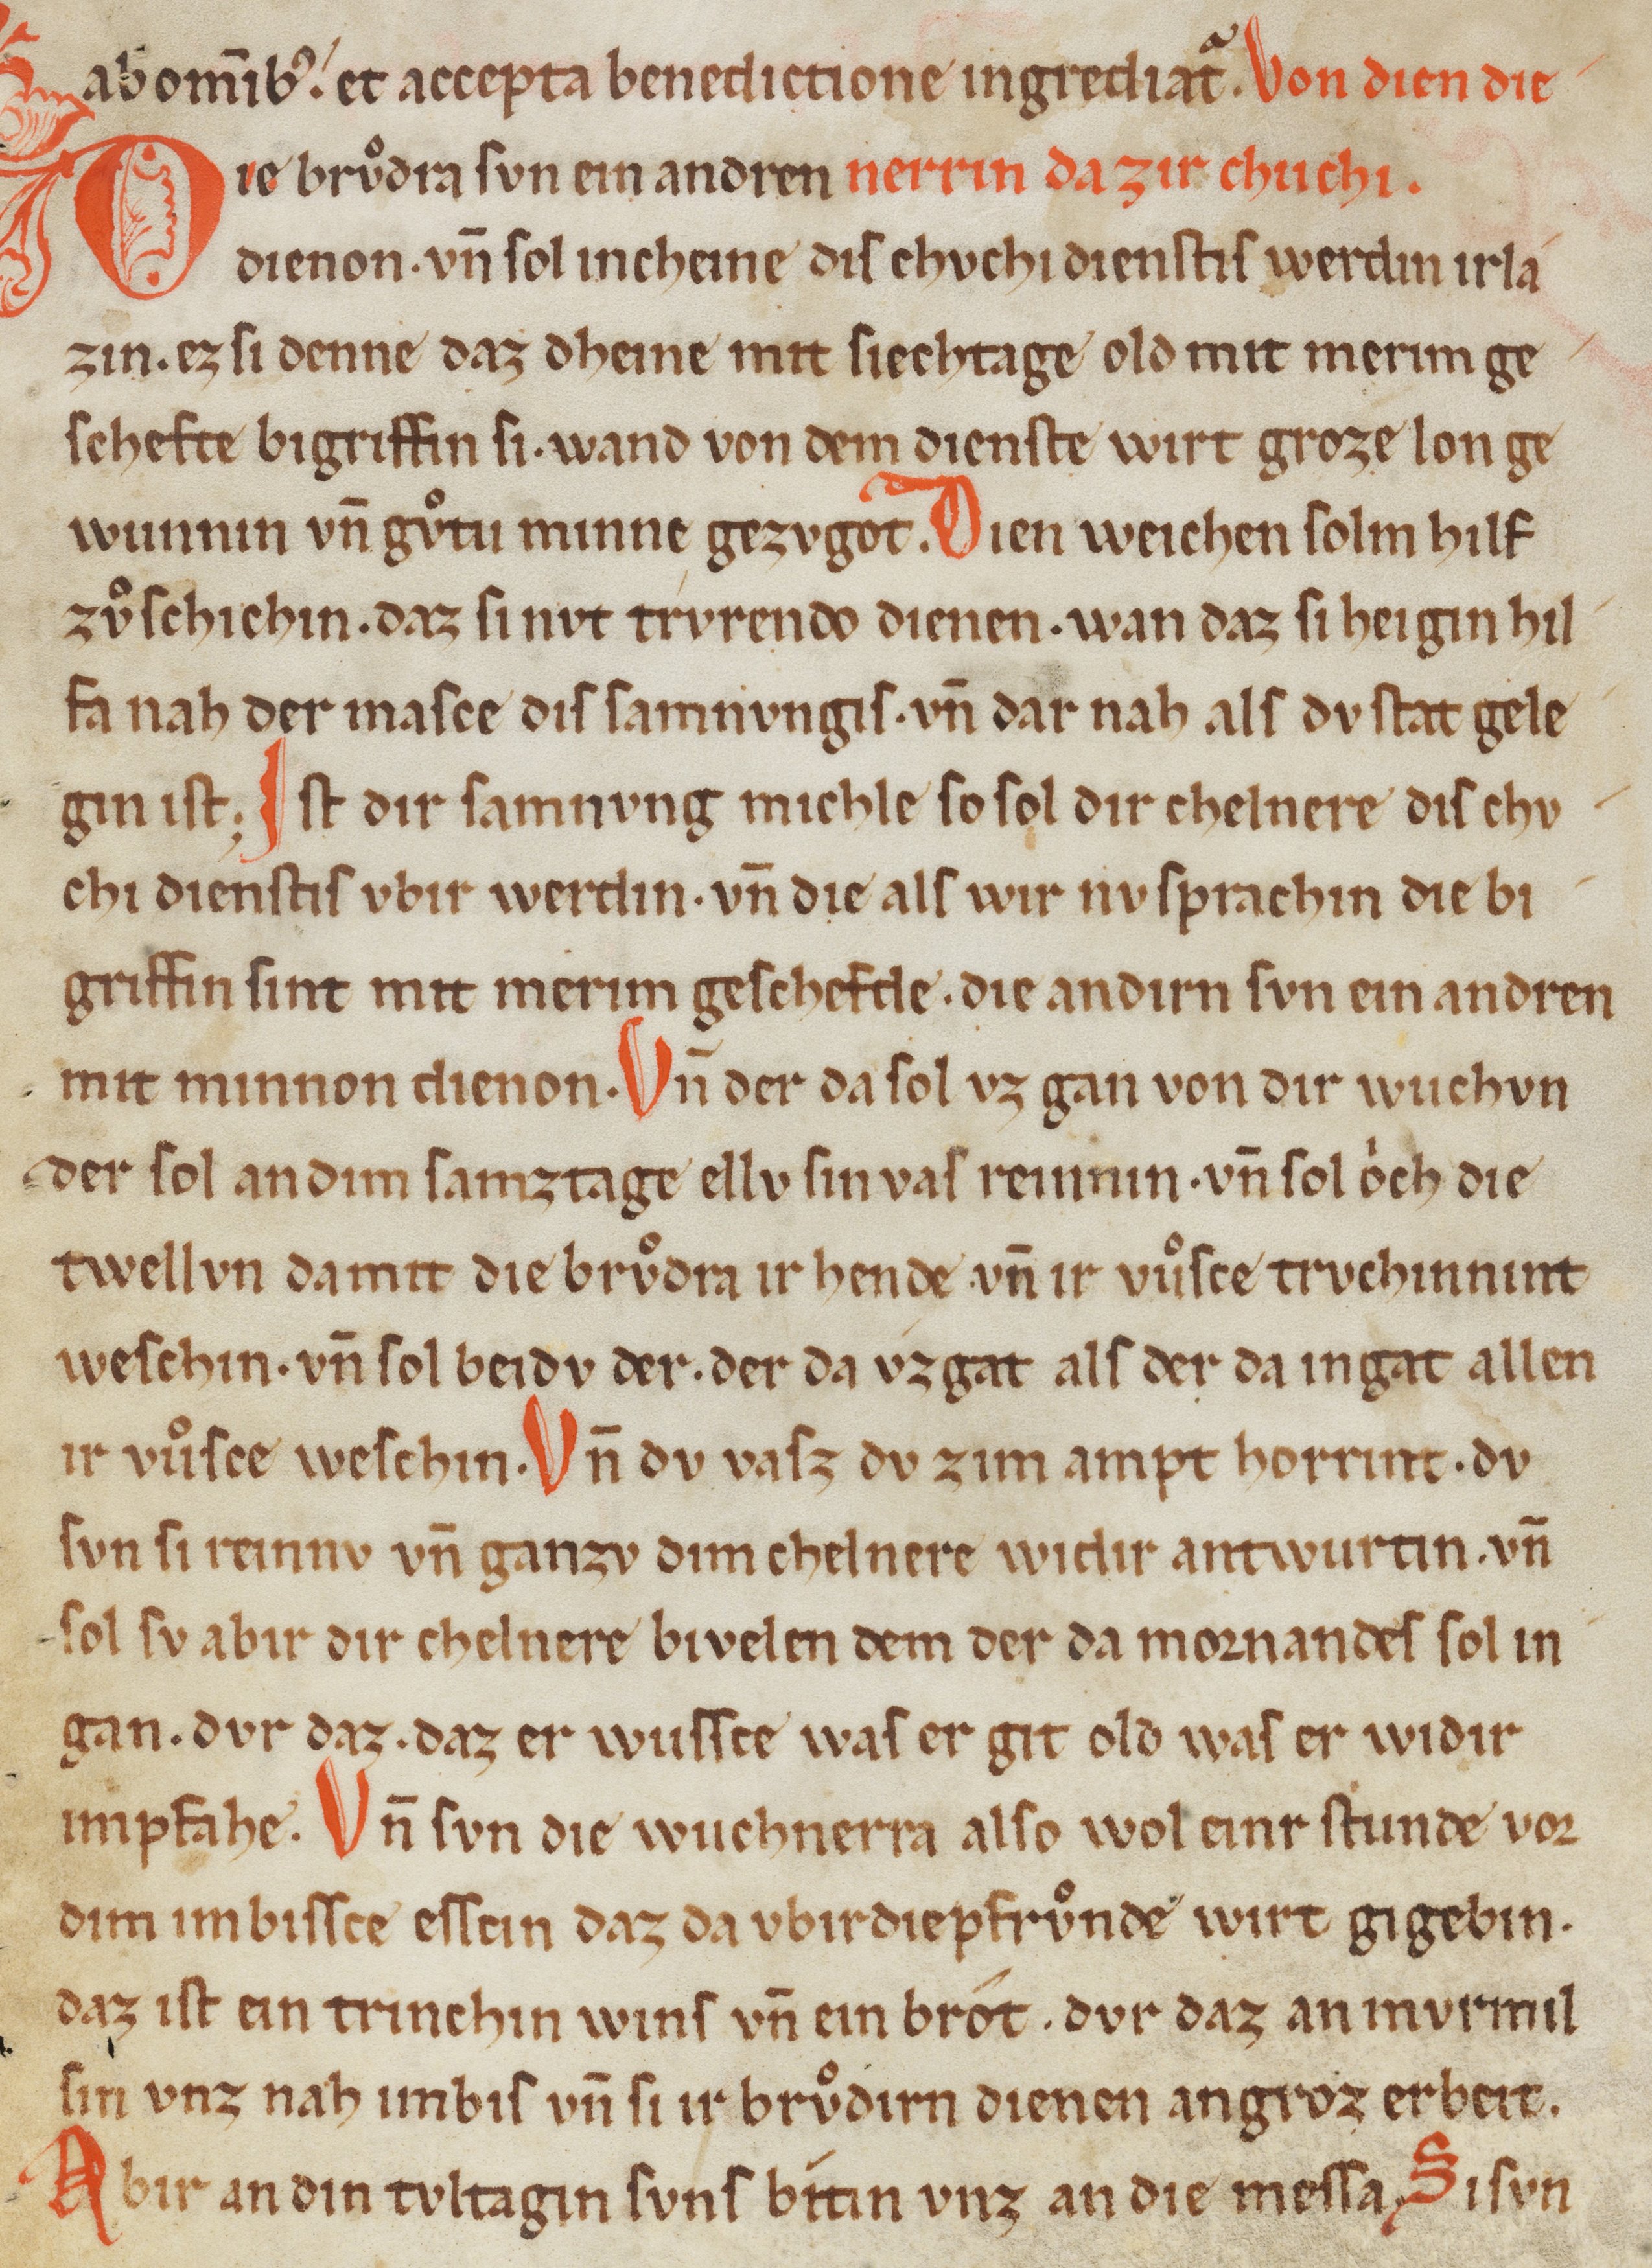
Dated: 1200–1299